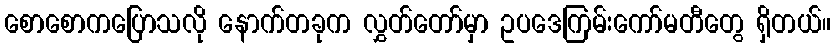
စောစောကပြောသလို နောက်တခုက လွှတ်တော်မှာ ဥပဒေကြမ်းကော်မတီတွေ ရှိတယ်။